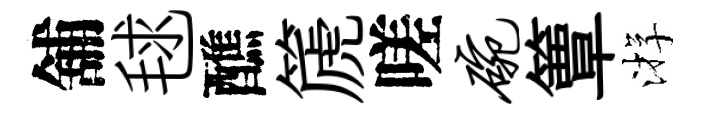
舖毬醮篪嗟碗簟㳺